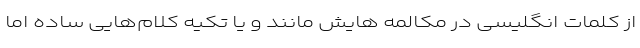
از کلمات انگلیسی در مکالمه هایش مانند و یا تکیه کلام‌هایی ساده اما